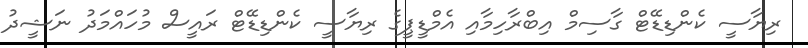
ރިޔާސީ ކެންޑިޑޭޓް ގާސިމް އިބްރާހިމާއި އެމްޑީޕީގެ ރިޔާސީ ކެންޑިޑޭޓް ރައީސް މުހައްމަދު ނަޝީދު